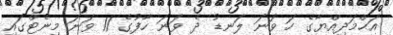
އަޙްމަދިއްޔާގެ ހަ ވަނަ ލަނޑު ދެ ވަނަ ހާފުގެ 11 ވަނަ މިނެޓްގައި